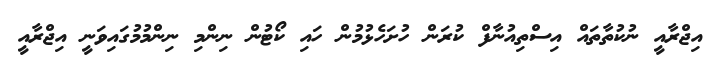
އިޖްރާއީ ނުކުތާތައް އިސްތިއުނާފް ކުރަން ހުށަހެޅުމުން ހައި ކޯޓުން ނިންމި ނިންމުމުގައިވަނީ އިޖްރާއީ